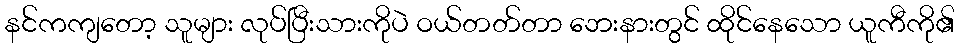
နင်ကကျတော့ သူများ လုပ်ပြီးသားကိုပဲ ဝယ်တတ်တာ ဘေးနားတွင် ထိုင်နေသော ယူကီကို၏